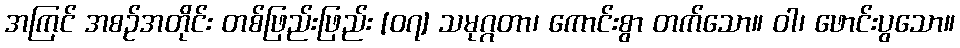
အကြင် အစဉ်အတိုင်း တစ်ဖြည်းဖြည်း [၀၇] သမုဂ္ဂတာ၊ ကောင်းစွာ တက်သော။ ဝါ၊ ဖောင်းပွသော။